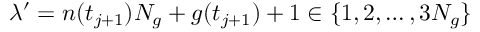
\lambda ^ { \prime } = n ( t _ { j + 1 } ) N _ { g } + g ( t _ { j + 1 } ) + 1 \in \{ 1 , 2 , \ldots , 3 N _ { g } \}